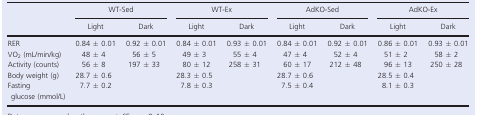
<table><thead><tr><td rowspan="2"></td><td colspan="2"><b>WT‐Sed</b></td><td colspan="2"><b>WT‐Ex</b></td><td colspan="2"><b>AdKO‐Sed</b></td><td colspan="2"><b>AdKO‐Ex</b></td></tr><tr><td><b>Light</b></td><td><b>Dark</b></td><td><b>Light</b></td><td><b>Dark</b></td><td><b>Light</b></td><td><b>Dark</b></td><td><b>Light</b></td><td><b>Dark</b></td></tr></thead><tbody><tr><td>RER</td><td>0.84 ± 0.01</td><td>0.92 ± 0.01</td><td>0.84 ± 0.01</td><td>0.93 ± 0.01</td><td>0.84 ± 0.01</td><td>0.92 ± 0.01</td><td>0.86 ± 0.01</td><td>0.93 ± 0.01</td></tr><tr><td>VO<sub>2</sub> (mL/min/kg)</td><td>48 ± 4</td><td>56 ± 5</td><td>49 ± 3</td><td>55 ± 4</td><td>47 ± 4</td><td>52 ± 4</td><td>51 ± 2</td><td>58 ± 2</td></tr><tr><td>Activity (counts)</td><td>56 ± 8</td><td>197 ± 33</td><td>80 ± 12</td><td>258 ± 31</td><td>60 ± 17</td><td>212 ± 48</td><td>96 ± 13</td><td>250 ± 28</td></tr><tr><td>Body weight (g)</td><td colspan="2">28.7 ± 0.6</td><td colspan="2">28.3 ± 0.5</td><td colspan="2">28.7 ± 0.6</td><td colspan="2">28.5 ± 0.4</td></tr><tr><td>Fasting glucose (mmol/L)</td><td colspan="2">7.7 ± 0.2</td><td colspan="2">7.8 ± 0.3</td><td colspan="2">7.5 ± 0.4</td><td colspan="2">8.1 ± 0.3</td></tr></tbody></table>